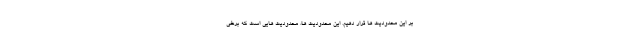
بر این محدودیت ها قرار دهیم. این محدودیت ها، محدودیت هایی است که برخی